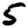
Digit: 5